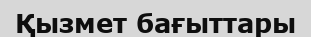
Қызмет бағыттары